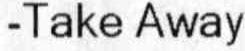
-TAKE AWAY